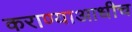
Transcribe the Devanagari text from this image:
कराण्याआधीच